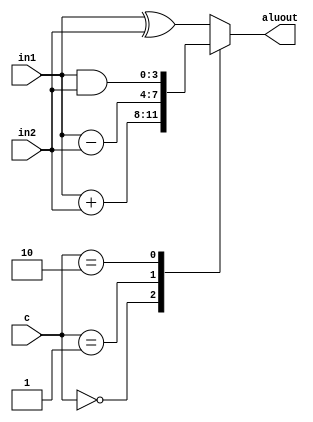
module Calc_ALU #(parameter Data_width = 4)(
input [Data_width - 1:0] in1, in2,
input [1:0] c,
output reg [Data_width - 1:0] aluout
);

always @ (in1, in2, c)
begin
        case(c)
            2'b00:      aluout = in1 + in2;
            2'b01:      aluout = in1 - in2;
            2'b10:      aluout = in1 & in2;
            default:    aluout = in1 ^ in2; //2'b11
        endcase
end
endmodule